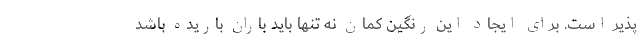
پذیر است. برای ایجاد این رنگین کمان نه تنها باید باران باریده باشد